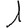
Digit: 1